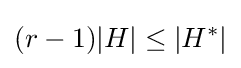
(r-1)|H|\leq |H^{*}|